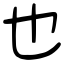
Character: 也